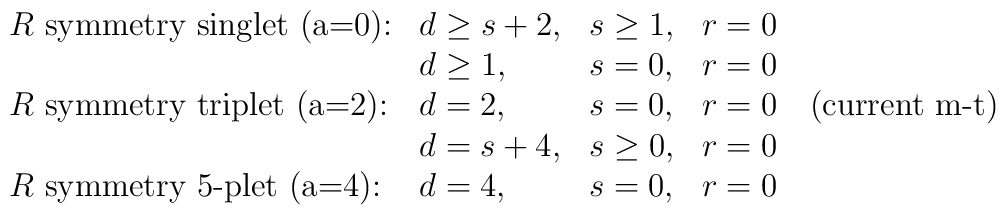
\begin{array}{llll}    \mbox{$R$ symmetry singlet (a=0):} & d\geq s+2, & s\geq 1, &r=0\\                                       & d\geq 1, &s=0, &r=0\\    \mbox{$R$ symmetry triplet (a=2):} & d=2, & s=0, &r=0 \quad    \mbox{(current m-t)}\\                                       &d=s+4, & s\geq 0, &r=0\\    \mbox{$R$ symmetry 5-plet (a=4):} & d=4, & s=0, &r=0  \end{array}